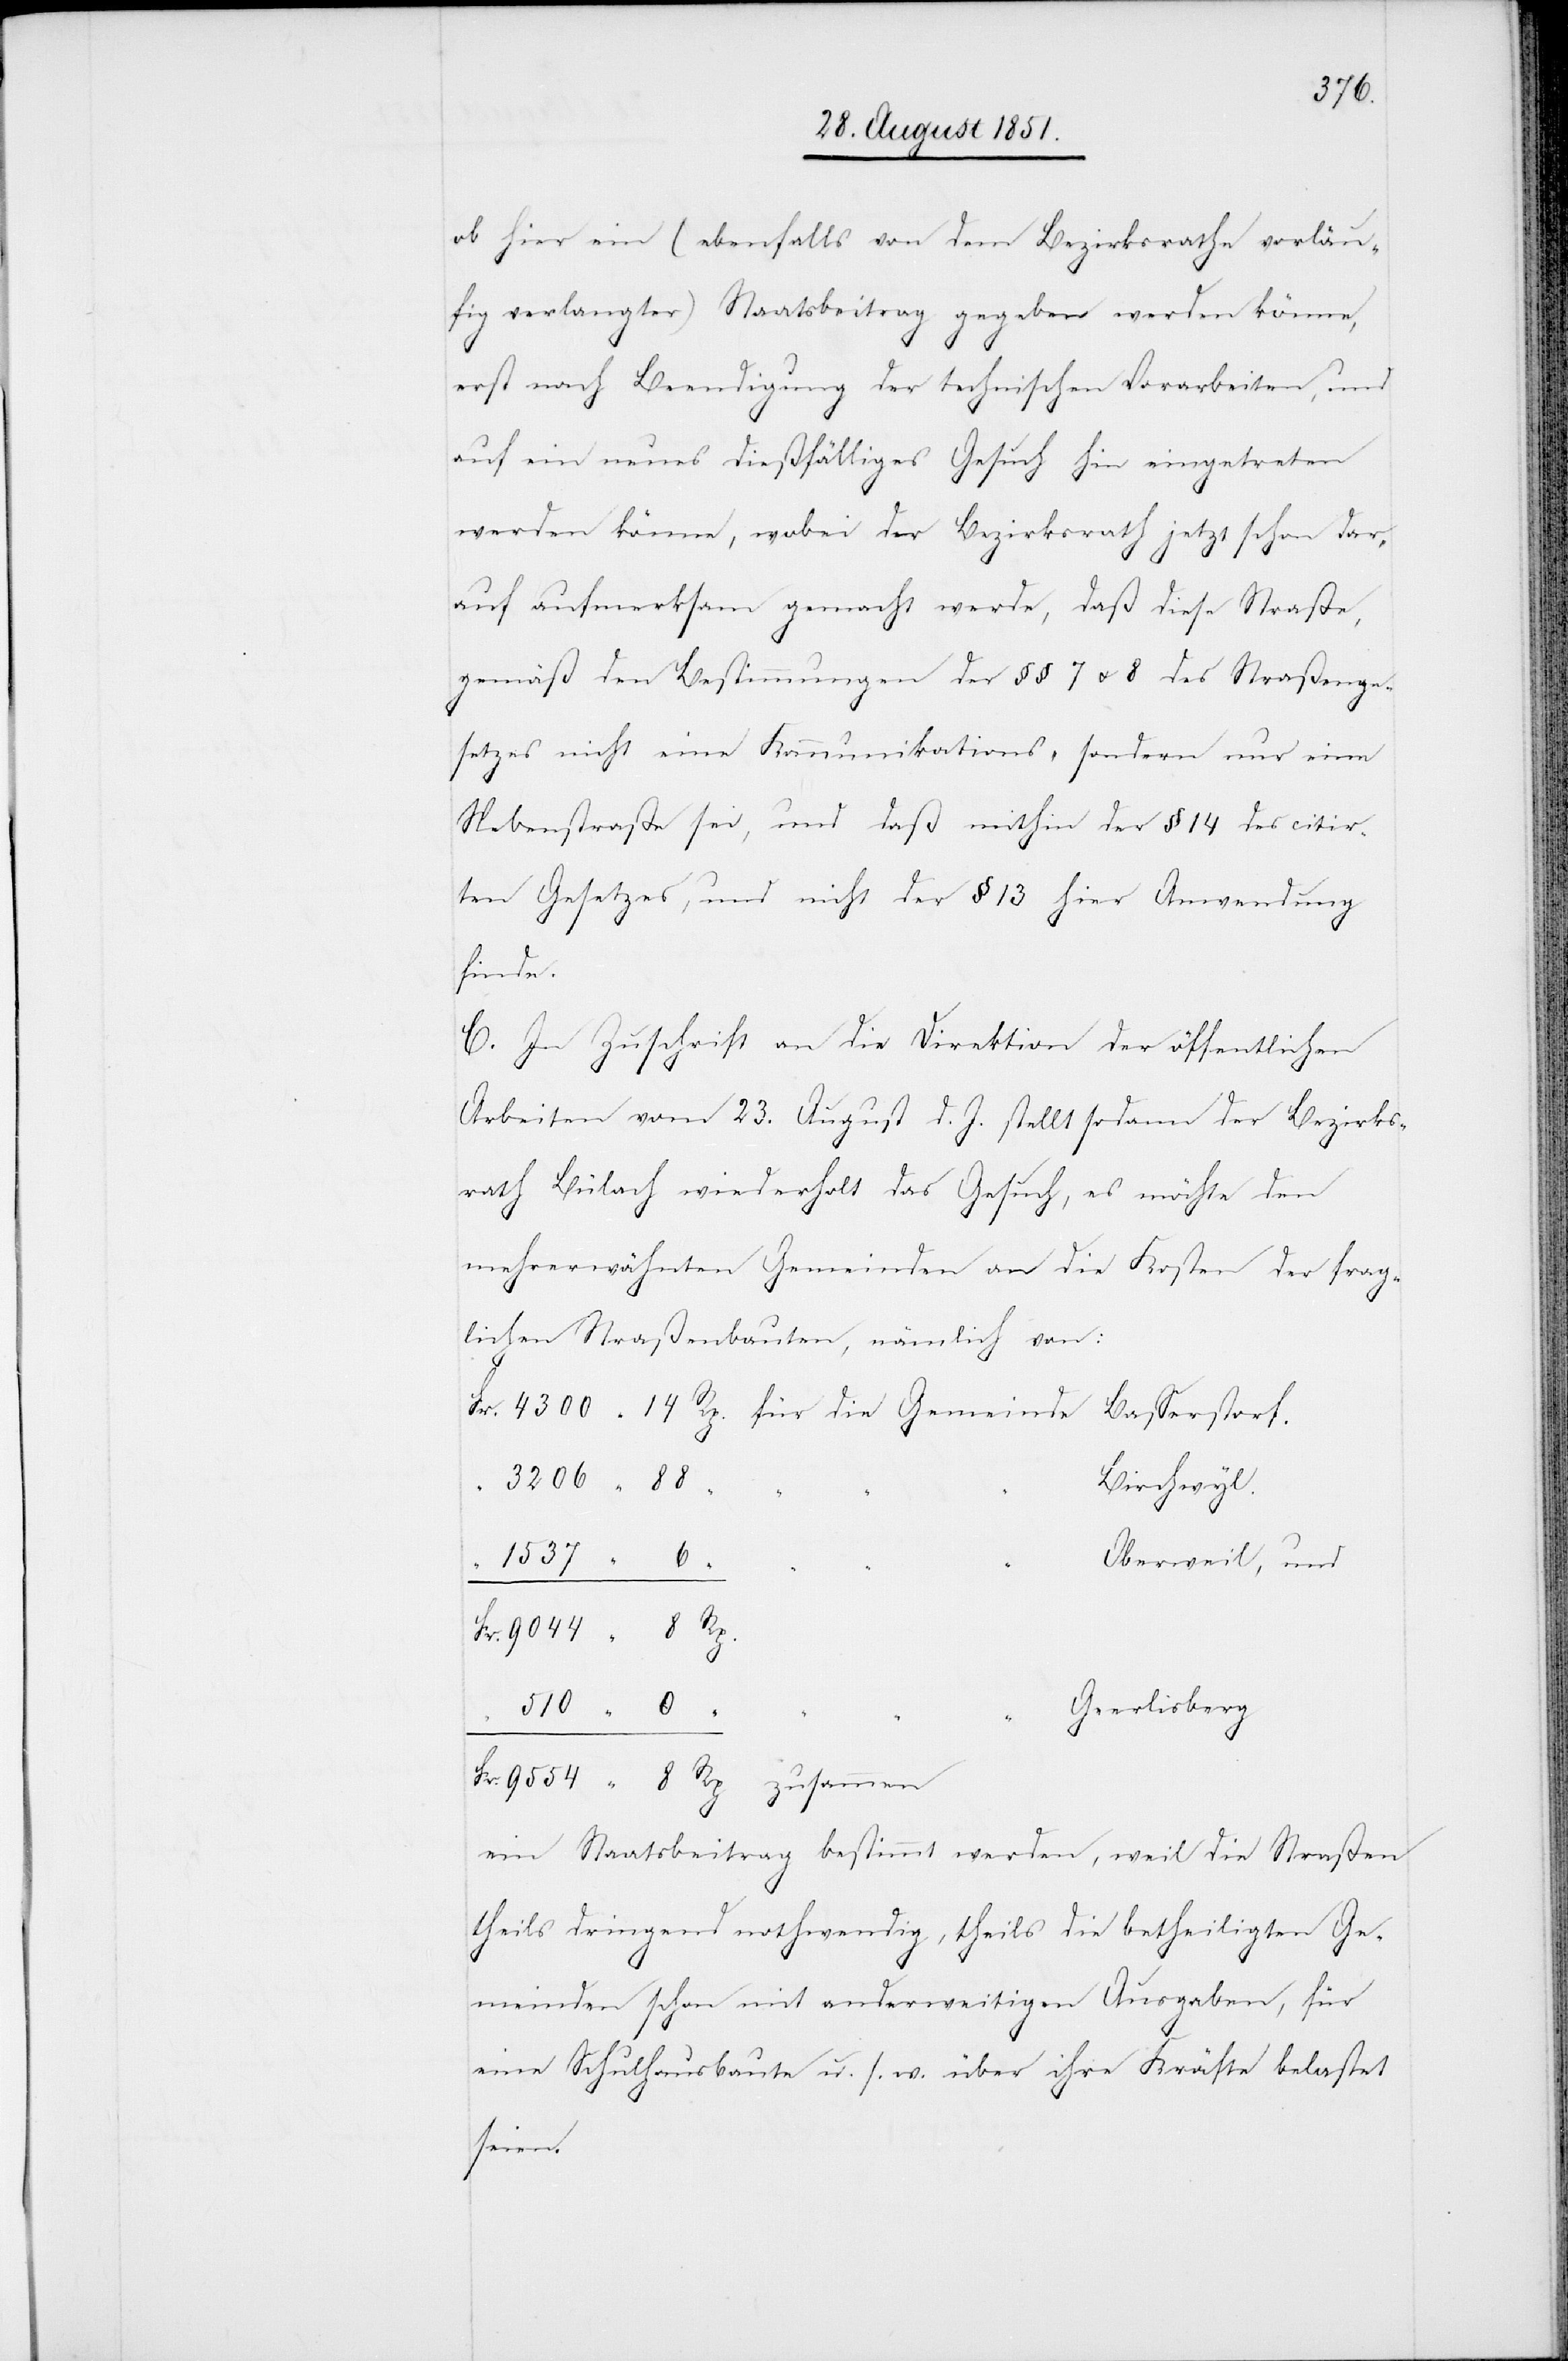
mmen

ob hier ein (ebenfalls von dem Bezirksrathe vorläu¬
fig verlangter) Staatsbeitrag gegeben werden könne,
erst nach Beendigung der technischen Vorarbeiten, und
auf ein neues dießfälliges Gesuch hin eingetreten
werden könne, wobei der Bezirksrath jetzt schon dar¬
auf aufmerksam gemacht werde, daß diese Straße,
gemäß den Bestimmungen der §§ 7 u. 8 des Straßenge¬
setzes nicht eine Kommunikations- sondern nur eine
Nebenstraße sei, und daß mithin der § 14 des citir¬
ten Gesetzes, und nicht der § 13 hier Anwendung
für die
C. In Zuschrift an die Direktion der öffentlichen
“
Arbeiten vom 23. August d. J. stellt sodann der Bezirks¬
rath Bülach wiederholt das Gesuch, es möchte den
mehrerwähnten Gemeinden an die Kosten der frag¬
lichen Straßenbauten, nämlich von:
Birchwyl.
Oberweil, und
zusa¬
Geerlisberg
510
ein Staatsbeitrag bestimmt werden, weil die Straßen
theils dringend nothwendig, theils die betheiligten Ge¬
meinden schon mit anderweitigen Ausgaben, für
eine Schulhausbaute u. s. w. über ihre Kräfte belastet
seien.